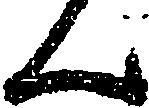
ん